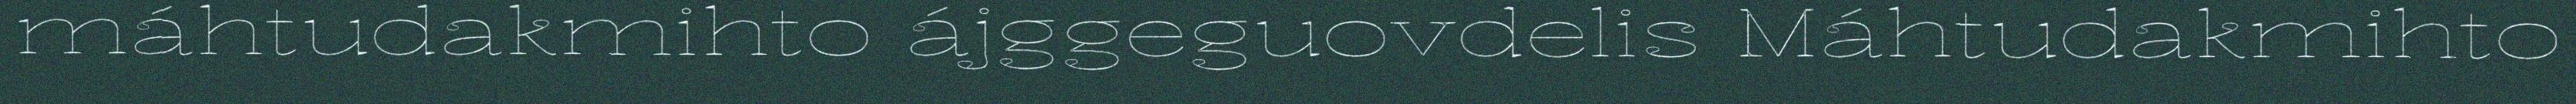
máhtudakmihto ájggeguovdelis Máhtudakmihto